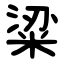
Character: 粱